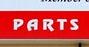
parts